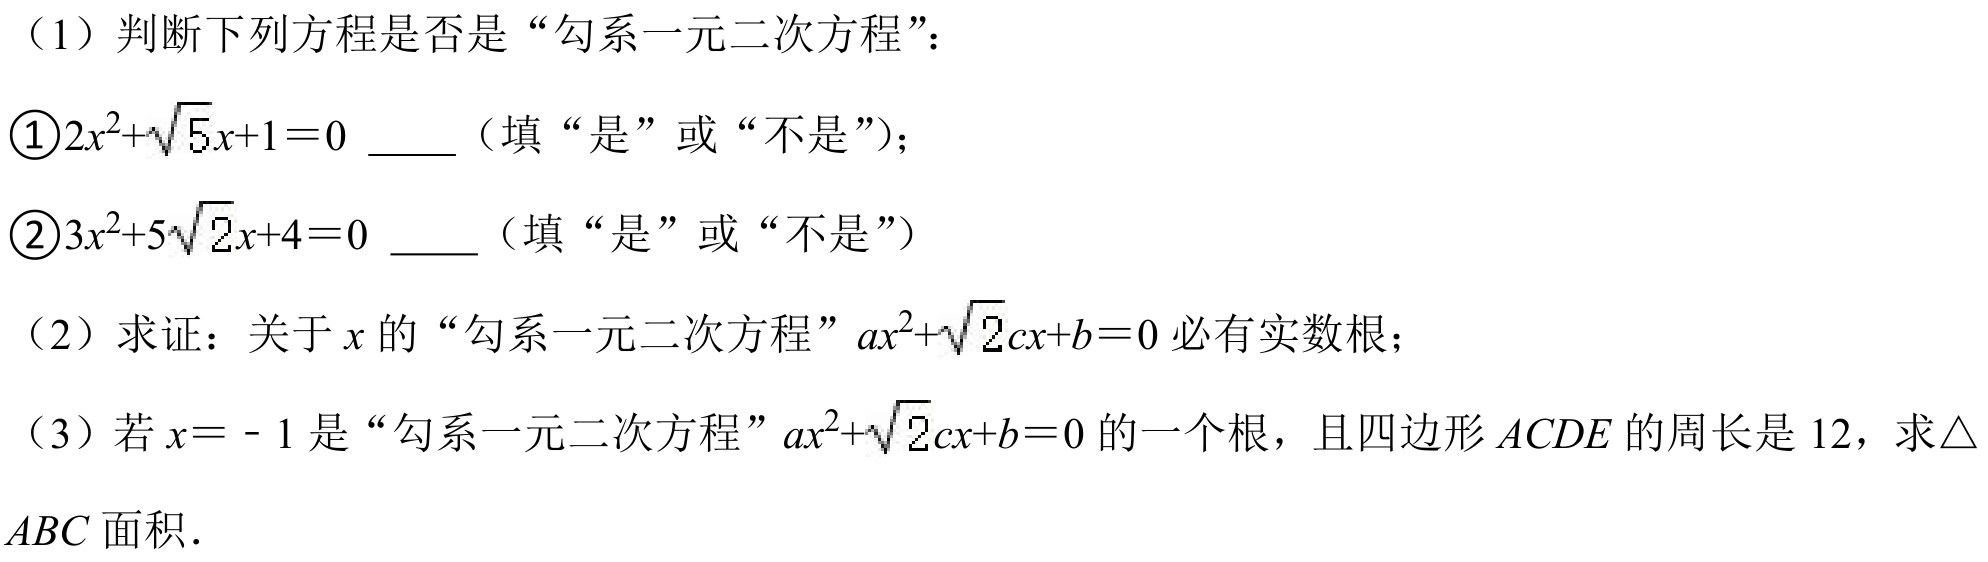
（1）判断下列方程是否是“勾系一元二次方程”：
\textcircled{1}\(2x^{2}+\sqrt{5}x + 1 = 0\) \underline{  }（填“是”或“不是”）；
\textcircled{2}\(3x^{2}+5\sqrt{2}x + 4 = 0\) \underline{  }（填“是”或“不是”）

（2）求证：关于 \(x\) 的“勾系一元二次方程”\(ax^{2}+\sqrt{2}cx + b = 0\) 必有实数根；

（3）若 \(x = - 1\) 是“勾系一元二次方程”\(ax^{2}+\sqrt{2}cx + b = 0\) 的一个根，且四边形 \(ACDE\) 的周长是 \(12\)，求\(\triangle
ABC\) 面积．